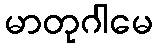
မာတုဂါမေ